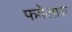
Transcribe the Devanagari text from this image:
फवेलास